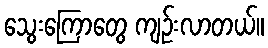
သွေးကြောတွေ ကျဉ်းလာတယ်။